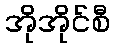
အိုအိုင်စီ